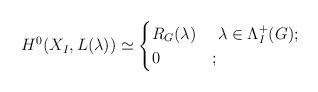
LaTeX: \begin{align*} H^0(X_I, L(\lambda)) \simeq\begin{cases} R_G(\lambda) & \ \lambda \in \Lambda^+_I(G);\\0 & ;\end{cases}\end{align*}